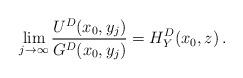
LaTeX: \begin{align*}\lim_{j\to \infty} \frac{U^D(x_0,y_j)}{G^D(x_0, y_j)}= H^D_Y(x_0, z)\, .\end{align*}